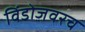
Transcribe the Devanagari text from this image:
विंडोजवरच